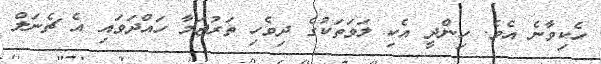
ހެކިވާނެ އެވެ. ހިންދީ އެކި ލަވަތަކުގެ ދިވެހި ތަރުޖަމާ ހައްދަވައި އެ ޗެނަލް